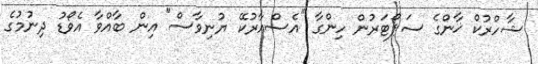
ޝާހްރުކް ޚާންގެ ސަޕޯޓަރުން ހިންގާ "އެސްއާރުކޭ ޔުނިވާސް" އިން ބާއްވާ އެވޯޑު ދިނުމުގެ